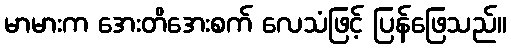
မာမားက အေးတိအေးစက် လေသံဖြင့် ပြန်ဖြေသည်။